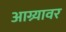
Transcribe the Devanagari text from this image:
आग्र्यावर